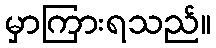
မှာကြားရသည်။